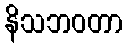
နိသဘဝတာ